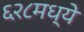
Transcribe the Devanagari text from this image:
६२८मध्ये